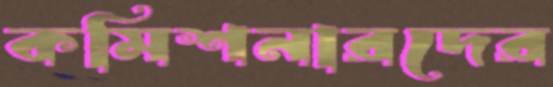
কমিশনারদের